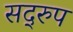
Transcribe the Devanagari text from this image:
सद्‌रुप